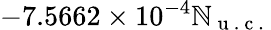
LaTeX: -7.5662\times10^{-4}\mathbb{N}_{\mathrm{{~u~.~c~.~}}}